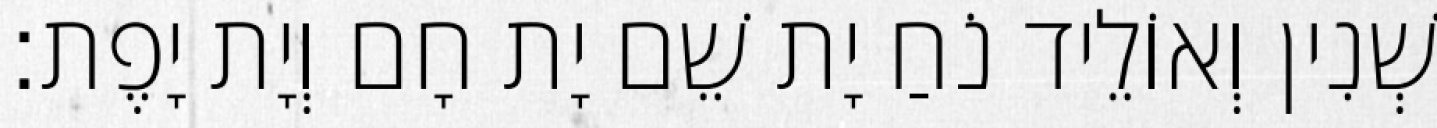
שְׁנִין וְאוֹלֵיד נֹחַ יָת שֵׁם יָת חָם וְיָת יָפֶת׃